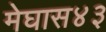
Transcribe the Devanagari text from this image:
मेघास४३